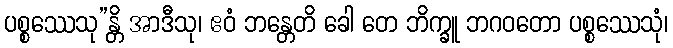
ပစ္စဿေသု”န္တိ အာဒီသု၊ ဧဝံ ဘန္တေတိ ခေါ တေ ဘိက္ခူ ဘဂဝတော ပစ္စဿေသုံ၊